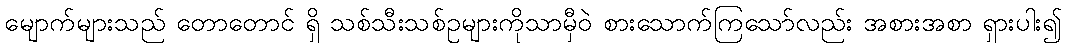
မျောက်များသည် တောတောင် ရှိ သစ်သီးသစ်ဥများကိုသာမှီဝဲ စားသောက်ကြသော်လည်း အစားအစာ ရှားပါး၍